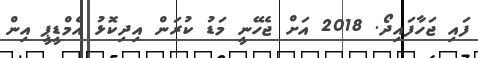
ފައި ޖަހާފައިދޯ. 2018 އަށް ޖެހޭނީ މަޑު ކުރަން އިދިކޮޅު އެމްޑީޕީ އިން